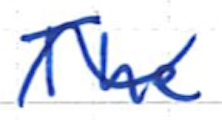
Text: The
Cross-out: wave
Writing tool: ballpoint